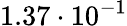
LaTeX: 1.37\cdot 10^{-1}